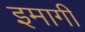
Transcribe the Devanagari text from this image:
इमागी